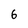
Character: 6